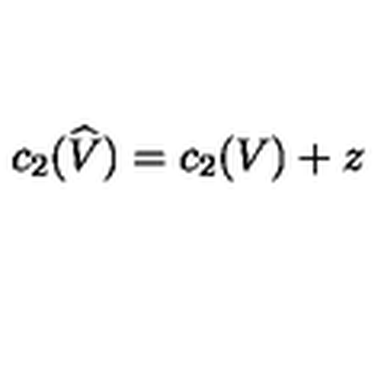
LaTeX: c _ { 2 } ( \widehat { V } ) = c _ { 2 } ( V ) + z